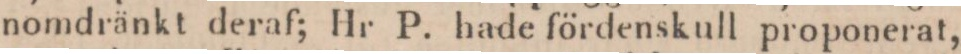
nomdränkt deraf; Hr P. hade fördenskull proponerat,